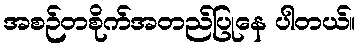
အစဉ်တစိုက်အတည်ပြုနေ ပါတယ်။